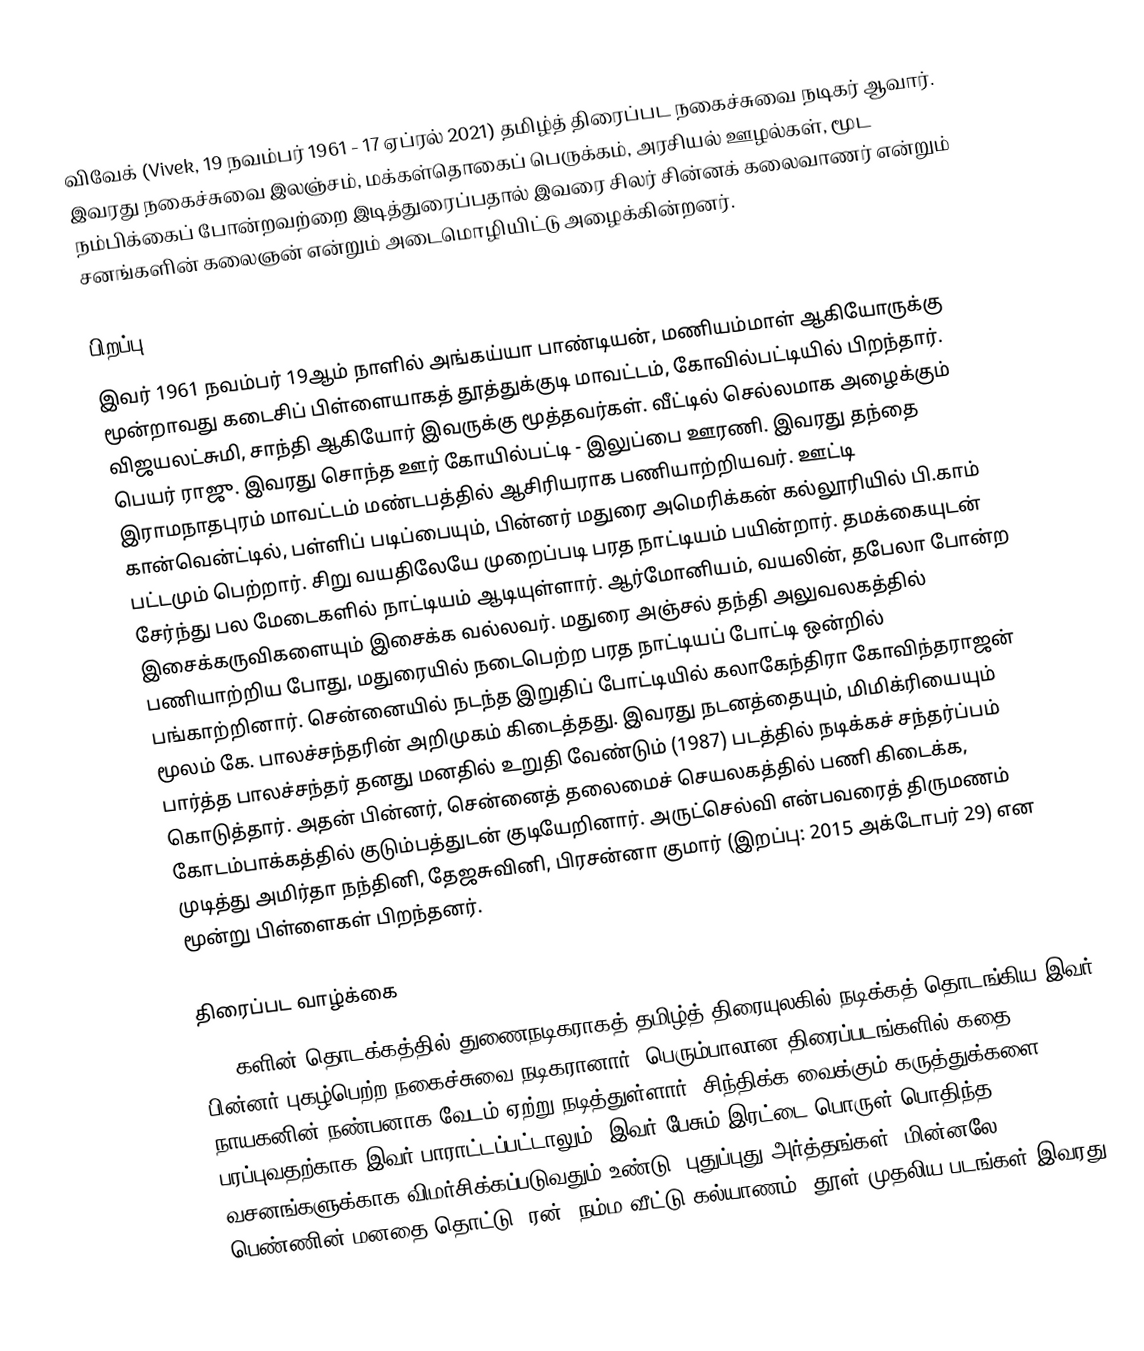
விவேக் (Vivek, 19 நவம்பர் 1961 - 17 ஏப்ரல் 2021) தமிழ்த் திரைப்பட நகைச்சுவை நடிகர் ஆவார். இவரது நகைச்சுவை இலஞ்சம், மக்கள்தொகைப் பெருக்கம், அரசியல் ஊழல்கள், மூட நம்பிக்கைப் போன்றவற்றை இடித்துரைப்பதால் இவரை சிலர் சின்னக் கலைவாணர் என்றும் சனங்களின் கலைஞன் என்றும் அடைமொழியிட்டு அழைக்கின்றனர்.

பிறப்பு
இவர் 1961 நவம்பர் 19ஆம் நாளில் அங்கய்யா பாண்டியன், மணியம்மாள் ஆகியோருக்கு மூன்றாவது கடைசிப் பிள்ளையாகத் தூத்துக்குடி மாவட்டம், கோவில்பட்டியில் பிறந்தார். விஜயலட்சுமி, சாந்தி ஆகியோர் இவருக்கு மூத்தவர்கள். வீட்டில் செல்லமாக அழைக்கும் பெயர் ராஜு. இவரது சொந்த ஊர் கோயில்பட்டி - இலுப்பை ஊரணி. இவரது தந்தை இராமநாதபுரம் மாவட்டம் மண்டபத்தில் ஆசிரியராக பணியாற்றியவர். ஊட்டி கான்வென்ட்டில், பள்ளிப் படிப்பையும், பின்னர் மதுரை அமெரிக்கன் கல்லூரியில் பி.காம் பட்டமும் பெற்றார். சிறு வயதிலேயே முறைப்படி பரத நாட்டியம் பயின்றார். தமக்கையுடன் சேர்ந்து பல மேடைகளில் நாட்டியம் ஆடியுள்ளார். ஆர்மோனியம், வயலின், தபேலா போன்ற இசைக்கருவிகளையும் இசைக்க வல்லவர். மதுரை அஞ்சல் தந்தி அலுவலகத்தில் பணியாற்றிய போது, மதுரையில் நடைபெற்ற பரத நாட்டியப் போட்டி ஒன்றில் பங்காற்றினார். சென்னையில் நடந்த இறுதிப் போட்டியில் கலாகேந்திரா கோவிந்தராஜன் மூலம் கே. பாலச்சந்தரின் அறிமுகம் கிடைத்தது. இவரது நடனத்தையும், மிமிக்ரியையும் பார்த்த பாலச்சந்தர் தனது மனதில் உறுதி வேண்டும் (1987) படத்தில் நடிக்கச் சந்தர்ப்பம் கொடுத்தார். அதன் பின்னர், சென்னைத் தலைமைச் செயலகத்தில் பணி கிடைக்க, கோடம்பாக்கத்தில் குடும்பத்துடன் குடியேறினார். அருட்செல்வி என்பவரைத் திருமணம் முடித்து அமிர்தா நந்தினி, தேஜசுவினி, பிரசன்னா குமார் (இறப்பு: 2015 அக்டோபர் 29) என மூன்று பிள்ளைகள் பிறந்தனர்.

திரைப்பட வாழ்க்கை
1990களின் தொடக்கத்தில் துணைநடிகராகத் தமிழ்த் திரையுலகில் நடிக்கத் தொடங்கிய இவர் பின்னர் புகழ்பெற்ற நகைச்சுவை நடிகரானார். பெரும்பாலான திரைப்படங்களில் கதை நாயகனின் நண்பனாக வேடம் ஏற்று நடித்துள்ளார். சிந்திக்க வைக்கும் கருத்துக்களை பரப்புவதற்காக இவர் பாராட்டப்பட்டாலும், இவர் பேசும் இரட்டை பொருள் பொதிந்த வசனங்களுக்காக விமர்சிக்கப்படுவதும் உண்டு. புதுப்புது அர்த்தங்கள், மின்னலே, பெண்ணின் மனதை தொட்டு, ரன், நம்ம வீட்டு கல்யாணம், தூள் முதலிய படங்கள் இவரது